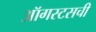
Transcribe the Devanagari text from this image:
ऑगस्टसची